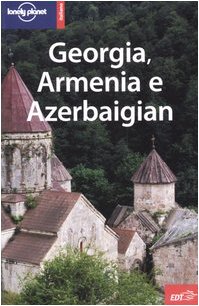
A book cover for Georgia, Armenia E Azerbaijan 2 (Italian Edition); Travel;